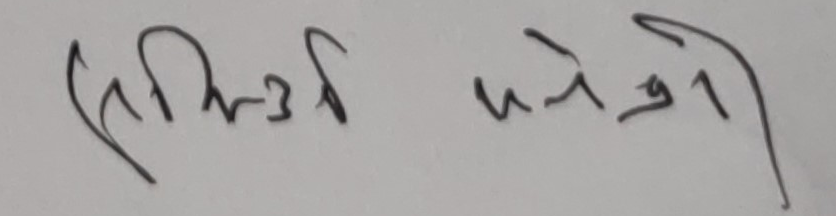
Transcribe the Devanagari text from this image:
सिर्फ पनेजी